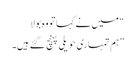
“ میں نے کہا تو وہ بولا
”ہم تمہاری حویلی پہنچ گئے ہیں۔